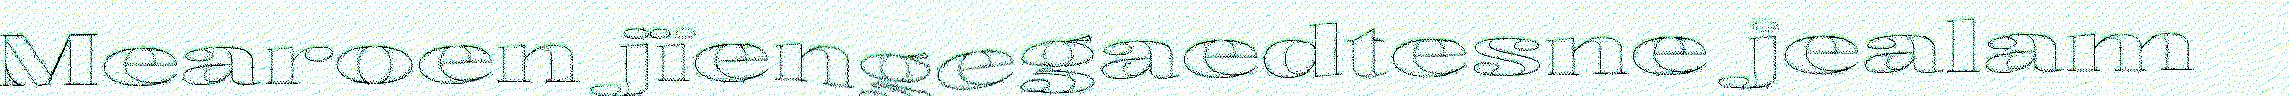
Mearoen jïengegaedtesne jealam